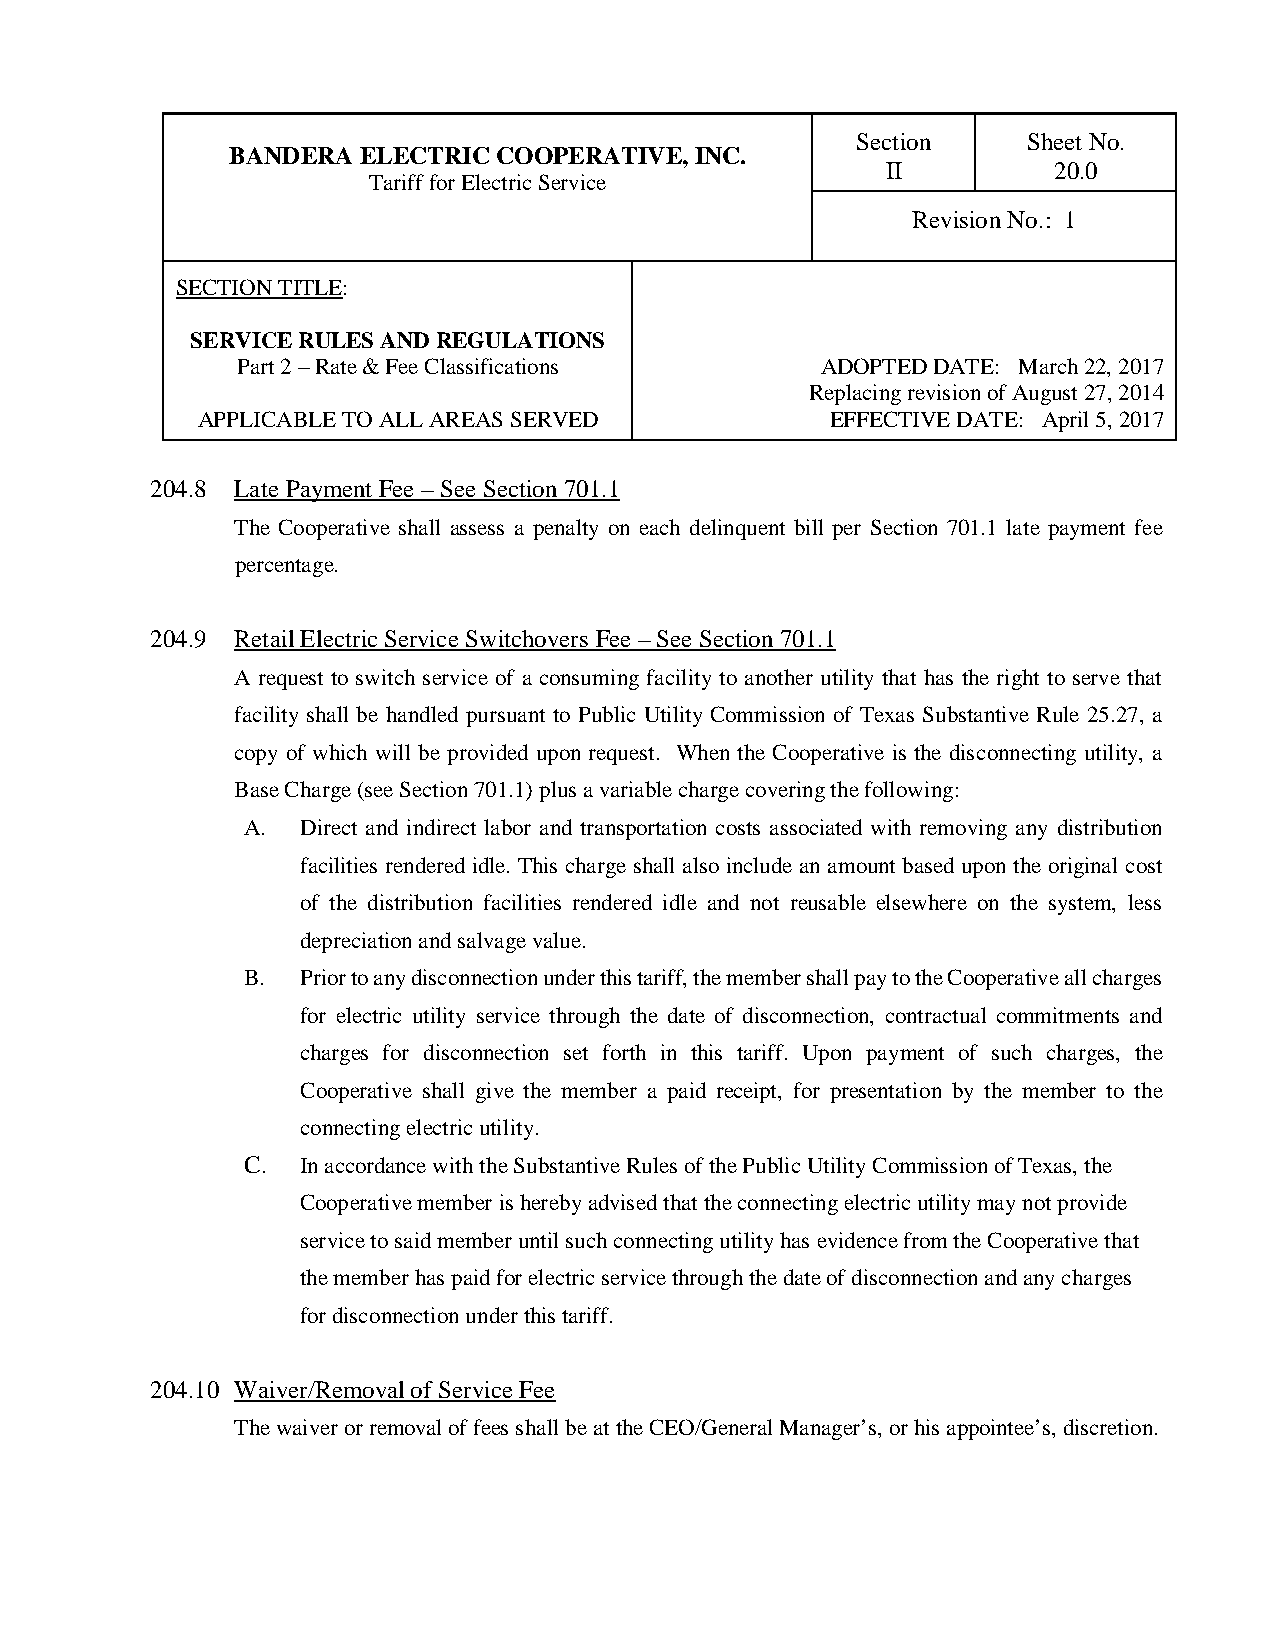
Section    Sheet No.
 BANDERA  ELECTRIC COOPERATIVE, INC.
 II         20.0
 Tariff for Electric Service
 Revision No.: 1
 SECTION TITLE:
 SERVICE RULES AND REGULATIONS
 Part 2 – Rate & Fee Classifications   ADOPTED DATE: March 22, 2017
 Replacing revision of August 27, 2014
 APPLICABLE TO ALL AREAS SERVED            EFFECTIVE DATE: April 5, 2017
 204.8 Late Payment Fee – See Section 701.1
 The Cooperative shall assess a penalty on each delinquent bill per Section 701.1 late payment fee
 percentage.
 204.9 Retail Electric Service Switchovers Fee – See Section 701.1
 A request to switch service of a consuming facility to another utility that has the right to serve that
 facility shall be handled pursuant to Public Utility Commission of Texas Substantive Rule 25.27, a
 copy of which will be provided upon request. When the Cooperative is the disconnecting utility, a
 Base Charge (see Section 701.1) plus a variable charge covering the following:
 A.  Direct and indirect labor and transportation costs associated with removing any distribution
 facilities rendered idle. This charge shall also include an amount based upon the original cost
 of the distribution facilities rendered idle and not reusable elsewhere on the system, less
 depreciation and salvage value.
 B.  Prior to any disconnection under this tariff, the member shall pay to the Cooperative all charges
 for electric utility service through the date of disconnection, contractual commitments and
 charges for disconnection set forth in this tariff. Upon payment of such charges, the
 Cooperative shall give the member a paid receipt, for presentation by the member to the
 connecting electric utility.
 C.  In accordance with the Substantive Rules of the Public Utility Commission of Texas, the
 Cooperative member is hereby advised that the connecting electric utility may not provide
 service to said member until such connecting utility has evidence from the Cooperative that
 the member has paid for electric service through the date of disconnection and any charges
 for disconnection under this tariff.
 204.10 Waiver/Removal of Service Fee
 The waiver or removal of fees shall be at the CEO/General Manager’s, or his appointee’s, discretion.